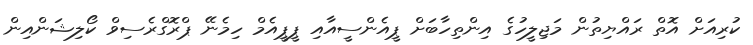
ކުރިއަށް އޮތް ރައްޔިތުން މަޖިލީހުގެ އިންތިހާބަށް ޕީއެންސީއާއި ޕީޕީއެމް ހިމެނޭ ޕްރޮގްރެސިވް ކޯލިޝަންއިން